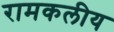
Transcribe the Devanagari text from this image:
रामकलीय